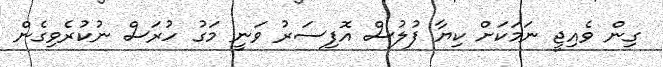
ގިން ވެއިޖީ ނަމަކަށް ކިޔާ ފުލުސް އޮފިސަރު ވަނީ މަގު ހުރަސް ނުކުރެވިގެން